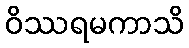
ဝိဿရမကာသိ